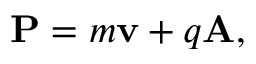
\mathbf { P } = m \mathbf { \mathbf { v } } + q \mathbf { A } ,